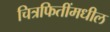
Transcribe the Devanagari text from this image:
चित्रफितींमधील